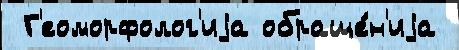
 Г'еоморфолог'иjа обраще́н'иjа